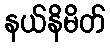
နယ်နိမိတ်